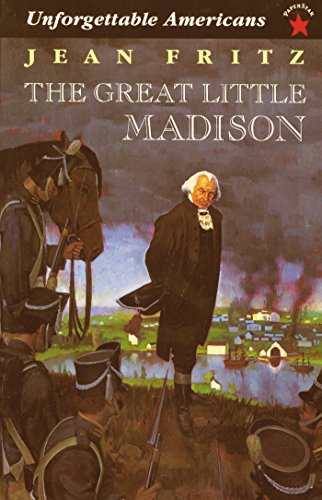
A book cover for The Great Little Madison (Unforgetable Americans); Jean Fritz; Children's Books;